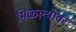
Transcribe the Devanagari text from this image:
मिळल्यावर